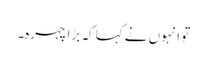
تو انہوں نے کہا کہ بڑا چہرہ۔